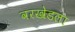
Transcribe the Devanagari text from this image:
वरखेडला